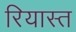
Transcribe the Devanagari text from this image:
रियास्त